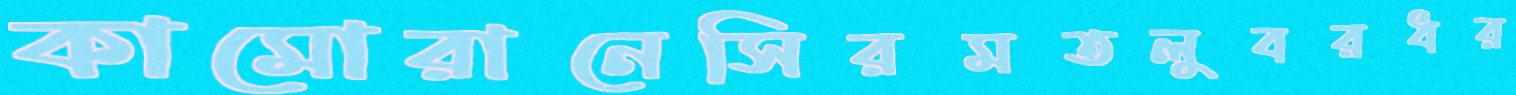
কামোরানেসিরমতলুবরধর